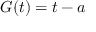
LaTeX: \ G ( t ) = t - a